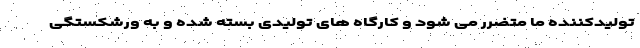
تولیدکننده ما متضرر می شود و کارگاه های تولیدی بسته شده و به ورشکستگی